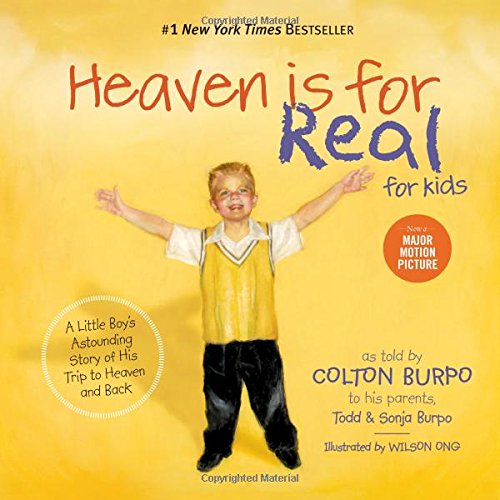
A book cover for Heaven is for Real for Kids: A Little Boy's Astounding Story of His Trip to Heaven and Back; Todd Burpo; Children's Books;